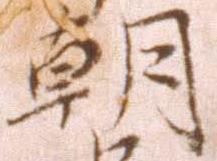
朝